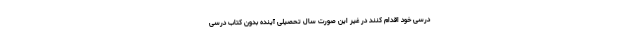
درسی خود اقدام کنند در غیر این صورت سال تحصیلی آینده بدون کتاب درسی